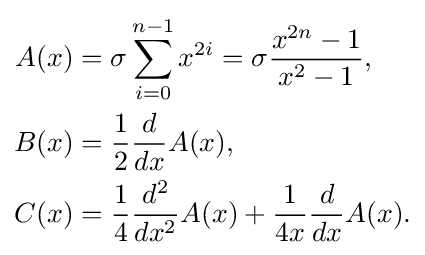
{\begin{aligned}A(x)&=\sigma \sum _{i=0}^{n-1}x^{2i}=\sigma {\frac {x^{2n}-1}{x^{2}-1}},\\B(x)&={\frac {1}{2}}{\frac {d}{dx}}A(x),\\C(x)&={\frac {1}{4}}{\frac {d^{2}}{dx^{2}}}A(x)+{\frac {1}{4x}}{\frac {d}{dx}}A(x).\end{aligned}}